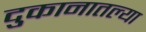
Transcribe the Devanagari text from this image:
दुकानातल्या